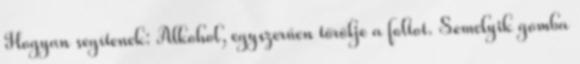
Hogyan segítenek: Alkohol, egyszerűen törölje a foltot. Semelyik gomba